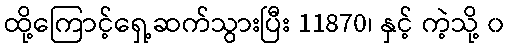
ထို့ကြောင့်ရှေ့ဆက်သွားပြီး 11870၊ နှင့် ကဲ့သို့ ၀